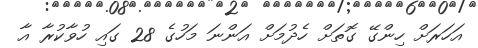
އަހަރަށް ހިންގޭ ގޮތަށް ހެދުމަށް އަންނަ މަހުގެ 28 ގައި ހުވާކުރާ އާ